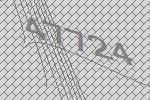
47724